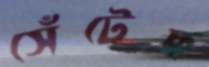
সেঁটেছ